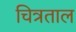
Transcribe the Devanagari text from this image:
चित्रताल